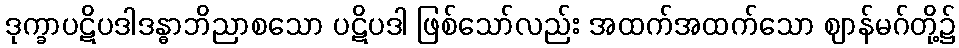
ဒုက္ခာပဋိပဒါဒန္ဓာဘိညာစသော ပဋိပဒါ ဖြစ်သော်လည်း အထက်အထက်သော ဈာန်မဂ်တို့၌